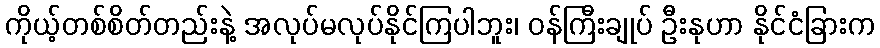
ကိုယ့်တစ်စိတ်တည်းနဲ့ အလုပ်မလုပ်နိုင်ကြပါဘူး၊ ဝန်ကြီးချုပ် ဦးနုဟာ နိုင်ငံခြားက